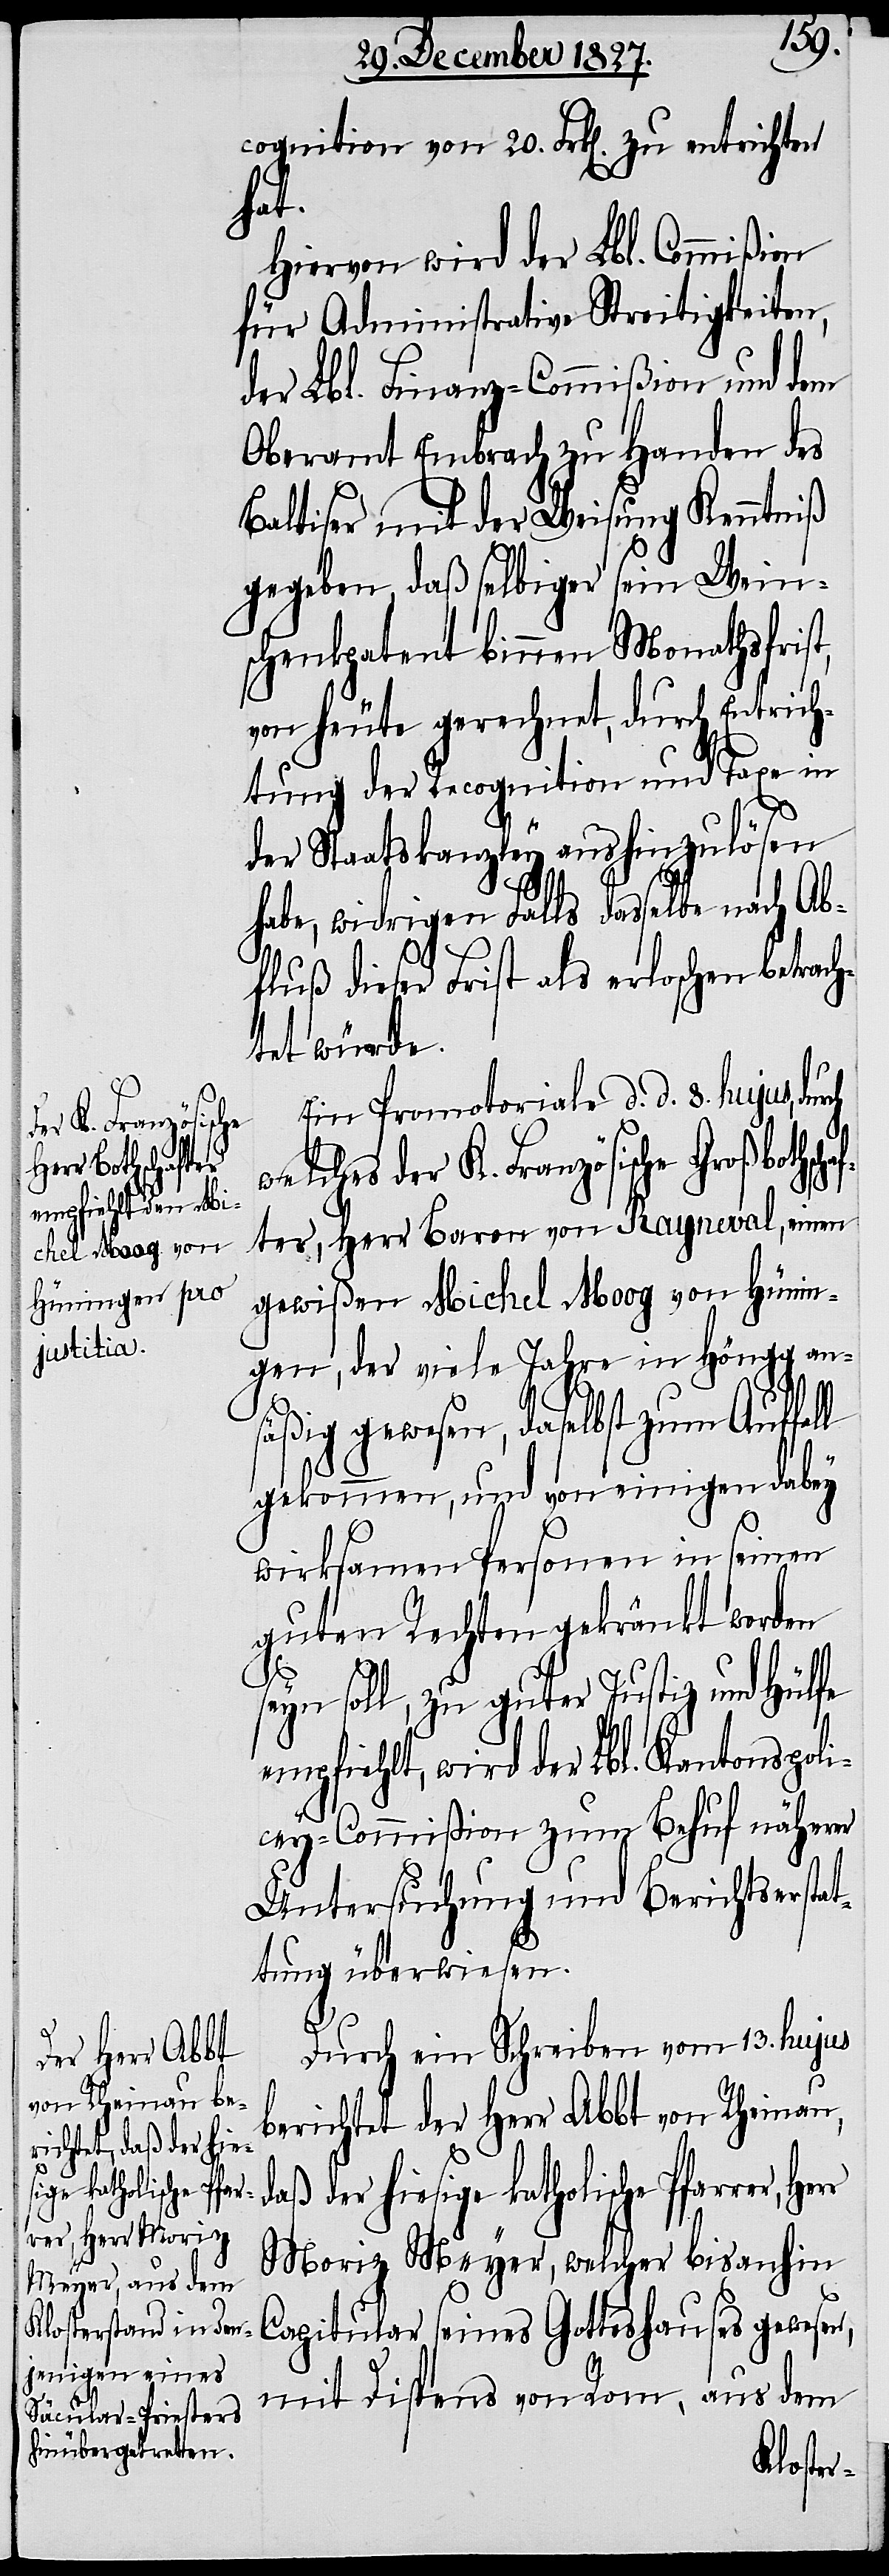
daß der hie¬
sige katholische Pfar¬
rer, Herr

cognition von 20. Frk[en]. zu entrichten
chaf¬
Hiervon wird der Lbl. Commißion
für Administrative Streitigkeiten,
der Lbl. Finanz-Commißion und dem
Oberamt Embrach zu Handen des
Baltiser mit der Weisung Kenntniß
gegeben, daß selbiger sein Wein¬
schenkpatent binnen Monathsfrist,
von heute gerechnet, durch Entrich¬
tung der Recognition und Taxe in
der Staatskanzley aushinzulösen
habe, widrigen Falls dasselbe nach Ab¬
fluß dieser Frist als erloschen betrach¬
tet würde.
Ein Promotoriale d. d. 8. hujus, du¬
welches der K. Französische Großboths¬
ter, Herr Baron von Rayneval, einen
gewißen Michel Moog von Hünin¬
gen, der viele Jahre in Höngg an¬
säßig gewesen, daselbst zum Auffall
gekommen, und von einigen dabey
wirksamen Personen in seinen
guten Rechten gekränkt werden
seyn soll, zu guter Justiz und Hülfe
empfiehlt, wird der Lbl. Kantons-Poli¬
rch
cey-Commißion zum Behuf näherer
Untersuchung und Berichtserstat¬
tung überwiesen.
Durch ein Schreiben vom 13. hujus
berichtet der Herr Abbt von Rheinau,
Moriz Meyer, welcher bis anhin
Capitular seines Gotteshauses gewesen,
mit Dispens von Rom, aus dem